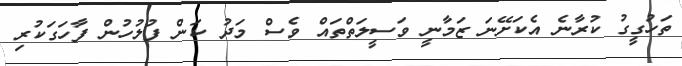
ތަހުގީގު ކުރާނެ އެކަށޭނަ ޒަމާނީ ވަސީލަތްތައް ވެސް މަދު ކަން ފުލުހުން ފާހަގަކުރި